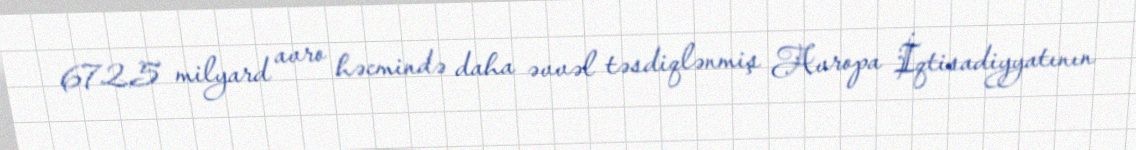
672,5 milyard avro həcmində daha əvvəl təsdiqlənmiş Avropa İqtisadiyyatının